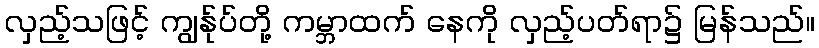
လှည့်သဖြင့် ကျွန်ုပ်တို့ ကမ္ဘာထက် နေကို လှည့်ပတ်ရာ၌ မြန်သည်။